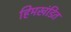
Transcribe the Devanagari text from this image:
हिमखंडित